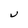
Character: U